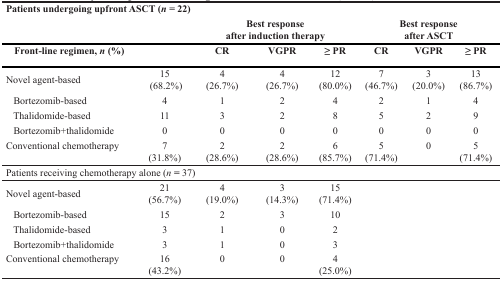
| <COLSPAN=8> Patients undergoing upfront ASCT (n = 22) |
 |  |  | <COLSPAN=3> Best responseafter induction therapy | <COLSPAN=3> Best responseafter ASCT |
 | Front-line regimen, n (%) |  | CR | VGPR | ≥ PR | CR | VGPR | ≥ PR |
 | --- | --- | --- | --- | --- | --- | --- | --- |
 | Novel agent-based | 15(68.2%) | 4(26.7%) | 4(26.7%) | 12(80.0%) | 7(46.7%) | 3(20.0%) | 13(86.7%) |
 | Bortezomib-based | 4 | 1 | 2 | 4 | 2 | 1 | 4 |
 | Thalidomide-based | 11 | 3 | 2 | 8 | 5 | 2 | 9 |
 | Bortezomib+thalidomide | 0 | 0 | 0 | 0 | 0 | 0 | 0 |
 | Conventional chemotherapy | 7(31.8%) | 2(28.6%) | 2(28.6%) | 6(85.7%) | 5(71.4%) | 0 | 5(71.4%) |
 | <COLSPAN=8> Patients receiving chemotherapy alone (n = 37) |
 | Novel agent-based | 21(56.7%) | 4(19.0%) | 3(14.3%) | 15(71.4%) |  |  |  |
 | Bortezomib-based | 15 | 2 | 3 | 10 |  |  |  |
 | Thalidomide-based | 3 | 1 | 0 | 2 |  |  |  |
 | Bortezomib+thalidomide | 3 | 1 | 0 | 3 |  |  |  |
 | Conventional chemotherapy | 16(43.2%) | 0 | 0 | 4(25.0%) |  |  |  |